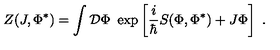
Z ( J , \Phi ^ { * } ) = \int { \cal D } \Phi \ \exp \left[ \frac { i } { \hbar } S ( \Phi , \Phi ^ { * } ) + J \Phi \right] \ .